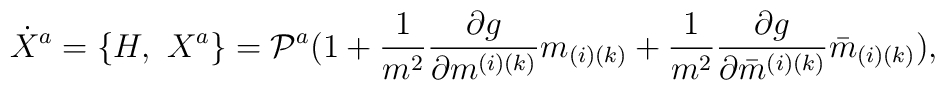
{\dot X}^{a}=\{H, \ X^{a}\}={\cal P}^{a}(1+{1 \over m^{2}}{{\partial g} \over {\partial m^{(i)(k)}}}m_{(i)(k)}+{1 \over m^{2}}{{\partial g} \over {\partial {\bar m}^{(i)(k)}}}{\bar m}_{(i)(k)}),